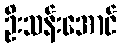
ဦးသန်းအောင်